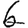
Digit: 6